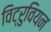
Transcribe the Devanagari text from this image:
विट्रुवियन